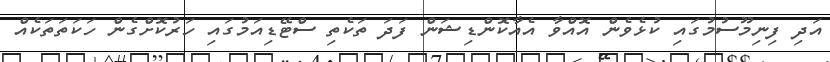
އަދި ފިނިމޫސުމުގައި ކުޅެވެން އޮއްވާ އެއާކޮންޑިޝަން ފަދަ ތަކެތި ސްޓޭޑިއަމުގައި ހަރުކޮށްގެން ހަކަތަތަކެއް